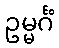
ဥမ္မင်္ဂံ